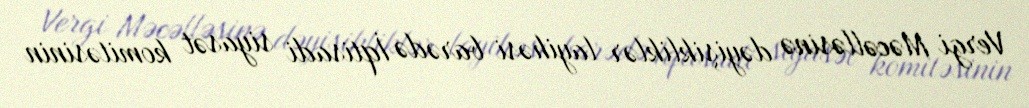
Vergi Məcəlləsinə dəyişikliklər layihəsi barədə İqtisadi siyasət komitəsinin